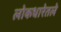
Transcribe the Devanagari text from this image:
लोकधारेतले